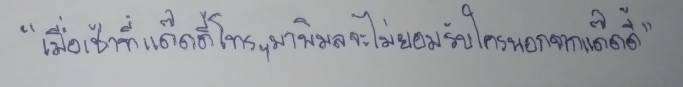
"เมื่อเช้าที่แด๊ดดี้โทรฯมาพิมลจะไม่ยอมรับใครนอกจากแด๊ดดี้"